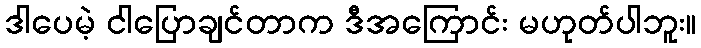
ဒါပေမဲ့ ငါပြောချင်တာက ဒီအကြောင်း မဟုတ်ပါဘူး။